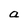
Character: a